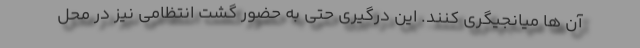
آن ها میانجیگری کنند. این درگیری حتی به حضور گشت انتظامی نیز در محل